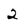
Character: 2